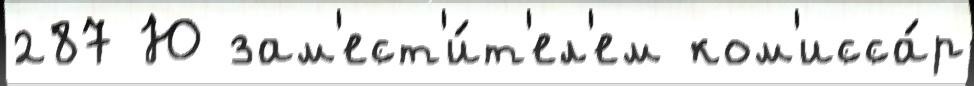
287 Ю зам'ест'и́т'ел'ем ком'исса́р